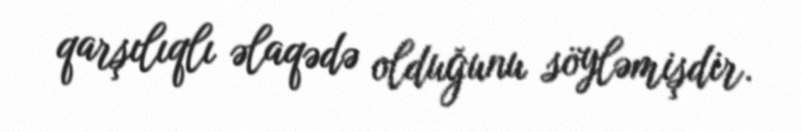
qarşılıqlı əlaqədə olduğunu söyləmişdir.